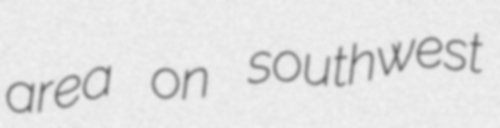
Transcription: area on southwest